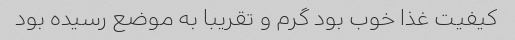
کیفیت غذا خوب بود گرم و تقریبا به موضع رسیده بود